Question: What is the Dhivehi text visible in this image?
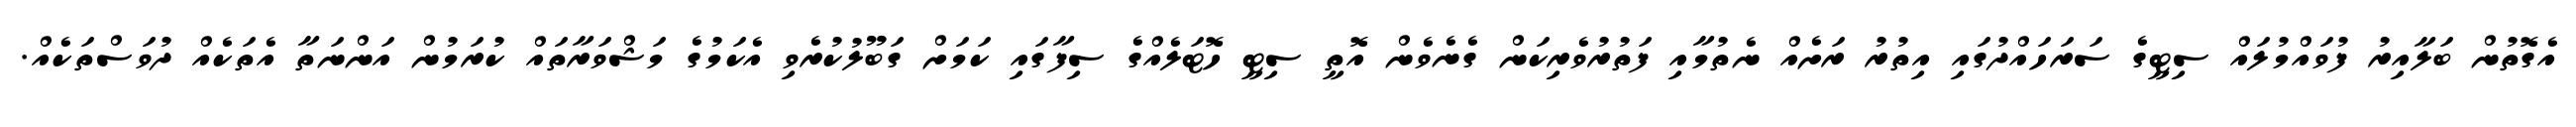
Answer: އެގޮތުން ބަލާއިރު ފުވައްމުލައް ސިޓީގެ ސަރަހައްދުގައި އިތުރު ރަށެއް ނެތުމާއި ފަތުރުވެރިކަން ގެނެވެން އޮތީ ސިޓީ ހޮޓަލެއްގެ ސިފާގައި ކަމަށް ގަބޫލުކުރެވި އެކަމުގެ މަޝްވަރާތައް ކުރަމުން އަންނަތާ އެތަކެއް ދުވަސްތަކެއް.